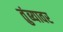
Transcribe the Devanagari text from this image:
तुंब्यावर